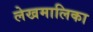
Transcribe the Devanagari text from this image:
लेखमालिका